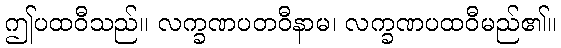
ဤပထဝီသည်။ လက္ခဏပတဝီနာမ၊ လက္ခဏပထဝီမည်၏။